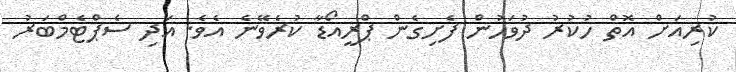
ކުރިއަށް އޮތް ހުކުރު ދުވަހުން ފެށިގެން ޕްރީއޯޑާ ކުރެވޭނެ އެވެ. އަދި ސެޕްޓެމްބަރު